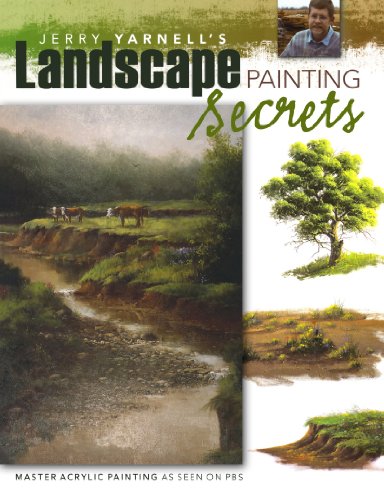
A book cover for Jerry Yarnell's Landscape Painting Secrets; Jerry Yarnell; Arts & Photography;